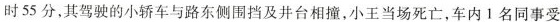
时55分，其驾驶的小轿车与路东侧围挡及井台相撞，小王当场死亡，车内1名同事受